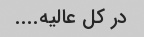
در کل عالیه....